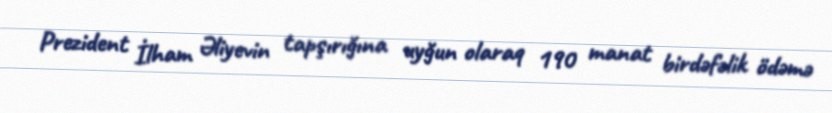
Prezident İlham Əliyevin tapşırığına uyğun olaraq 190 manat birdəfəlik ödəmə